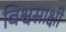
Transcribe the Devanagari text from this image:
विश्वसाक्षी